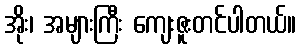
အိုး၊ အများကြီး ကျေးဇူးတင်ပါတယ်။